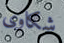
شكاوى